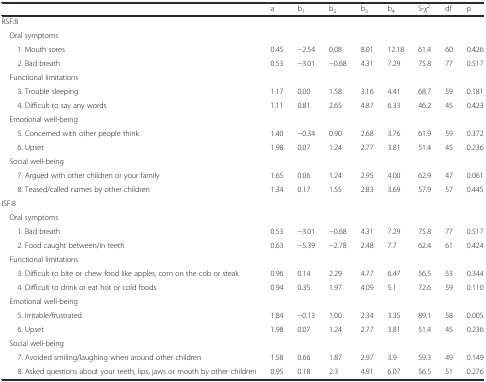
<table><thead><tr><td></td><td><b>a</b></td><td><b>b<sub>1</sub></b></td><td><b>b<sub>2</sub></b></td><td><b>b<sub>3</sub></b></td><td><b>b<sub>4</sub></b></td><td><b>S-<i>χ</i><sup>2</sup></b></td><td><b>df</b></td><td><b>p</b></td></tr></thead><tbody><tr><td colspan="9">RSF:8</td></tr><tr><td colspan="9"> Oral symptoms</td></tr><tr><td>1. Mouth sores</td><td>0.45</td><td>−2.54</td><td>0.08</td><td>8.01</td><td>12.18</td><td>61.4</td><td>60</td><td>0.426</td></tr><tr><td>2. Bad breath</td><td>0.53</td><td>−3.01</td><td>−0.68</td><td>4.31</td><td>7.29</td><td>75.8</td><td>77</td><td>0.517</td></tr><tr><td colspan="9"> Functional limitations</td></tr><tr><td>3. Trouble sleeping</td><td>1.17</td><td>0.00</td><td>1.58</td><td>3.16</td><td>4.41</td><td>68.7</td><td>59</td><td>0.181</td></tr><tr><td>4. Difficult to say any words</td><td>1.11</td><td>0.81</td><td>2.65</td><td>4.87</td><td>6.33</td><td>46.2</td><td>45</td><td>0.423</td></tr><tr><td colspan="9"> Emotional well-being</td></tr><tr><td>5. Concerned with other people think</td><td>1.40</td><td>−0.34</td><td>0.90</td><td>2.68</td><td>3.76</td><td>61.9</td><td>59</td><td>0.372</td></tr><tr><td>6. Upset</td><td>1.98</td><td>0.07</td><td>1.24</td><td>2.77</td><td>3.81</td><td>51.4</td><td>45</td><td>0.236</td></tr><tr><td colspan="9"> Social well-being</td></tr><tr><td>7. Argued with other children or your family</td><td>1.65</td><td>0.06</td><td>1.24</td><td>2.95</td><td>4.00</td><td>62.9</td><td>47</td><td>0.061</td></tr><tr><td>8. Teased/called names by other children</td><td>1.34</td><td>0.17</td><td>1.55</td><td>2.83</td><td>3.69</td><td>57.9</td><td>57</td><td>0.445</td></tr><tr><td colspan="9">ISF:8</td></tr><tr><td colspan="9"> Oral symptoms</td></tr><tr><td>1. Bad breath</td><td>0.53</td><td>−3.01</td><td>−0.68</td><td>4.31</td><td>7.29</td><td>75.8</td><td>77</td><td>0.517</td></tr><tr><td>2. Food caught between/in teeth</td><td>0.63</td><td>−5.39</td><td>−2.78</td><td>2.48</td><td>7.7</td><td>62.4</td><td>61</td><td>0.424</td></tr><tr><td colspan="9"> Functional limitations</td></tr><tr><td>3. Difficult to bite or chew food like apples, corn on the cob or steak</td><td>0.96</td><td>0.14</td><td>2.29</td><td>4.77</td><td>6.47</td><td>56.5</td><td>53</td><td>0.344</td></tr><tr><td>4. Difficult to drink or eat hot or cold foods</td><td>0.94</td><td>0.35</td><td>1.97</td><td>4.09</td><td>5.1</td><td>72.6</td><td>59</td><td>0.110</td></tr><tr><td colspan="9"> Emotional well-being</td></tr><tr><td>5. Irritable/frustrated</td><td>1.84</td><td>−0.13</td><td>1.00</td><td>2.34</td><td>3.35</td><td>89.1</td><td>58</td><td>0.005</td></tr><tr><td>6. Upset</td><td>1.98</td><td>0.07</td><td>1.24</td><td>2.77</td><td>3.81</td><td>51.4</td><td>45</td><td>0.236</td></tr><tr><td colspan="9"> Social well-being</td></tr><tr><td>7. Avoided smiling/laughing when around other children</td><td>1.58</td><td>0.66</td><td>1.87</td><td>2.97</td><td>3.9</td><td>59.3</td><td>49</td><td>0.149</td></tr><tr><td>8. Asked questions about your teeth, lips, jaws or mouth by other children</td><td>0.95</td><td>0.18</td><td>2.3</td><td>4.91</td><td>6.07</td><td>56.5</td><td>51</td><td>0.276</td></tr></tbody></table>